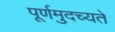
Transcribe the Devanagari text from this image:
पूर्णमुदच्यते